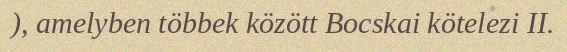
), amelyben többek között Bocskai kötelezi II.